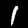
Label: 1